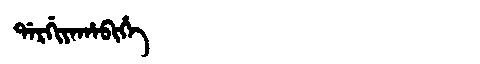
Manchu: ᡩᠠᡵᡤᡳᠶᠠᡥᠠᠪᡳᡥᡝ
Romanization: DARGIYAHABIHE